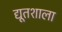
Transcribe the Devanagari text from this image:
द्यूतशाला